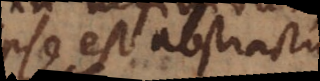
ipse est abstractum